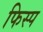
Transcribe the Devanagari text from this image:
फिस्प